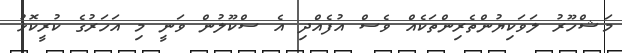
މަޝްހޫރު ލަވަކިޔުންތެރިންތަކެއް ވެސް އުފެއްދި އެ ސްކޫލުން ވަނީ މި އަހަރުގެ ކުރީކޮޅު